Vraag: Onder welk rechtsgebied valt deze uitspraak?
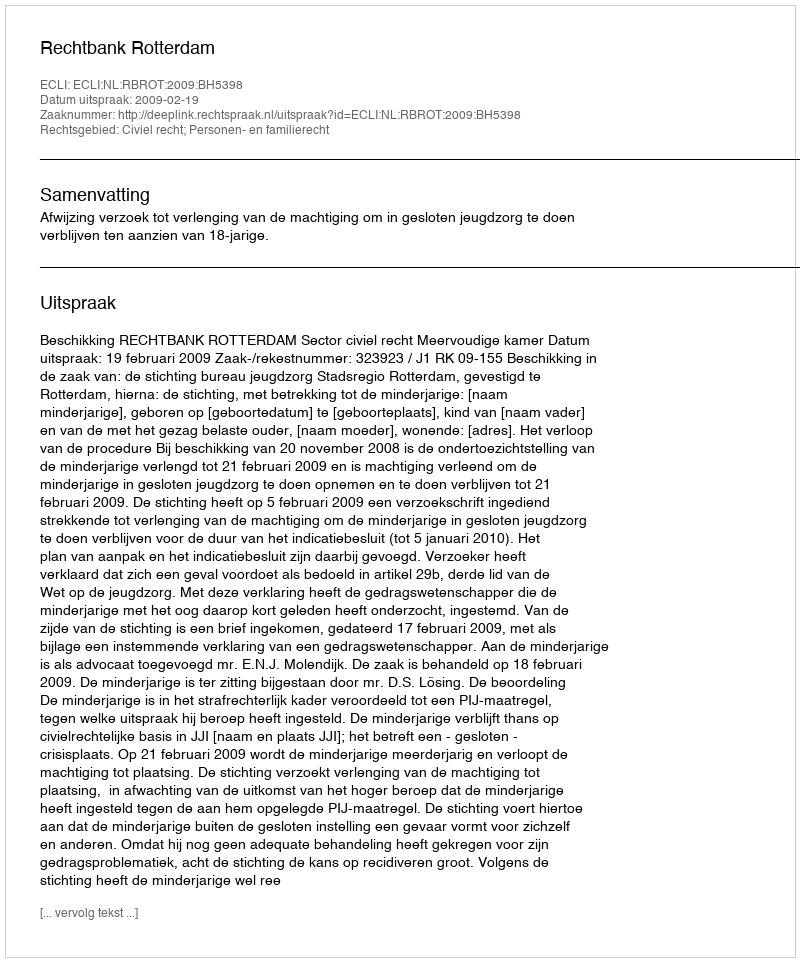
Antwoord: Civiel recht; Personen- en familierecht